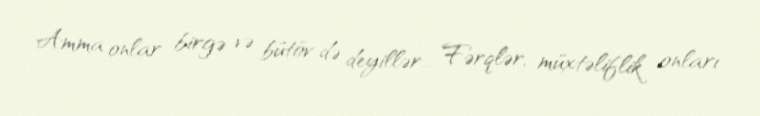
Amma onlar birgə və bütöv də deyillər... Fərqlər, müxtəliflik onları